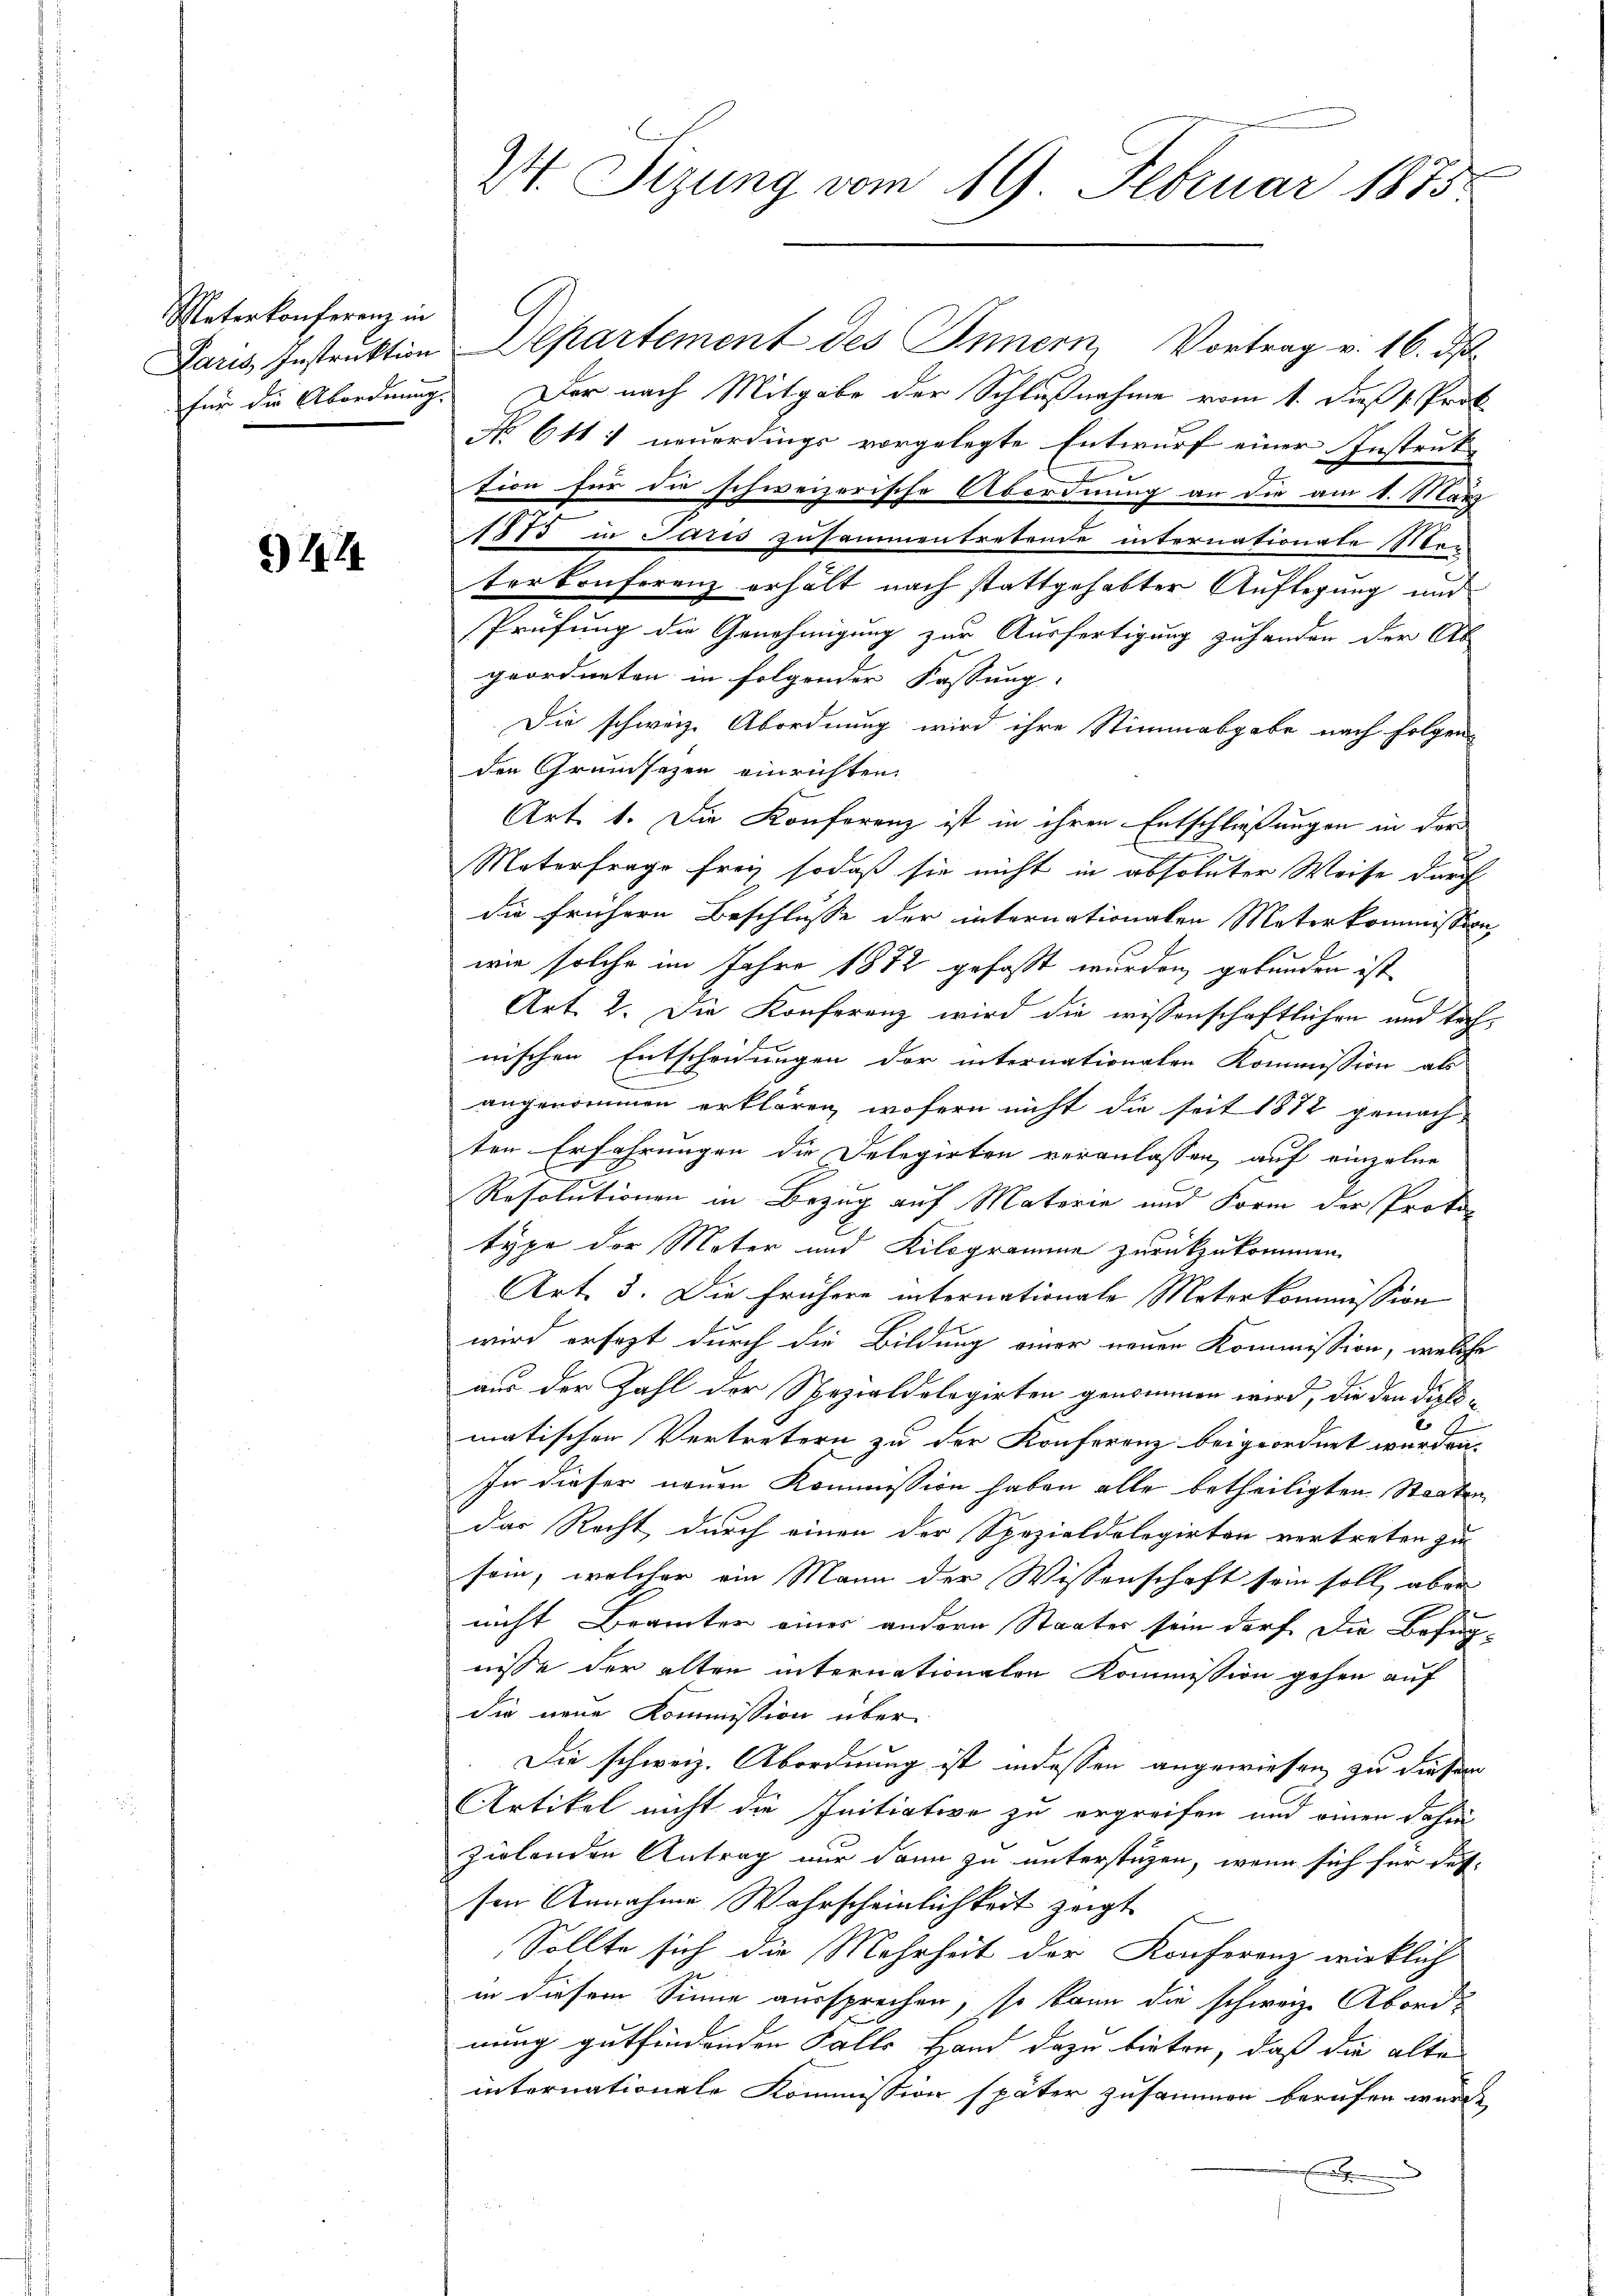
Materkonferenz in

414

24. Sizung vom 19. Februar 1875

Paris Instruktion Departement des Innern, Vortrag v. 16. ds.
für die Abordnung. Der nach Mitgabe der Schlußnahme vom 1. Dieß s. Prof.
N 611 1 neuerdings vorgelegte Entwurf einer Instruk-
tion für die schweizerische Abordnung an die am 1. März
1775 in Paris zusammentretende internationate ten
terkonferenz erhält nach stattgehabter Auflegung und
Prüfung die Genehmigung zur Ausfertigung zuhanden der Ab
geordneten in folgender Fassung.
Die schweiz. Abordnung wird ihre Stimmabgabe nach folgen-
den Grundsazen einrichten.
Art. 1. Die Konferenz ist in ihren Entschließungen in der
Materfrage frei, sodaß sie nicht in absoluter Weise durch
die frühern Beschlusse der internationalen Materkommission
wie solche im Jahre 1872 gefasst wurden, gebunden ist
Art. 2. Die Konferenz wird die wissenschaftlichen und Tochnischen Entscheidungen der internationalen Kommission als
angenommen erklären, wofern nicht die seit 1872 gemach-
ten Erfahrungen die Delegirten veranlassen, auf einzelne
Resolutionen in Bezug auf Materie und Form der Proto-
2.
type der Mater und Kilogramme zurückzukommen.
Art. 3. Die frühere internationale Materkommission
wird ersezt durch die Bildung einer neuen Kommission, welche
aus der Zahl der Spezialdelegirten genommen wird, die den dießmatischen Vertretern zu der Konferenz beigeordnet werden.
In dieser neuen Kommission haben alle betheiligten Staaten
das Recht, durch einen der Spezialdelegirten vertreten zu
sein, welcher ein Mann der Wissenschaft sein soll, aber
nicht Brämter einer andern Staates sein darf. Die Befug-
nisse der alten internationalen Kommission gehen auf
die neue Kommission über
Die schweiz. Abordnung ist indessen angewiesen zu diesem
Artikel nicht die Initiative zu ergreifen und einen dahin
zielenden Antrag nur dann zu unterstüzen, wenn sich für das-
sen Annahme Wahrscheinlichkeit zeigt
Sollte sich die Mehrheit der Konferenz wirklich
in diesem Sinne aussprechen, so kann die schweiz. Aborde
nung gutfindenden Falls Hand dazu bieten, daß die alte
internationale Kommission später zusammen berufen würde,
x